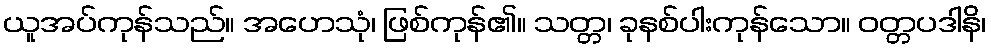
ယူအပ်ကုန်သည်။ အဟေသုံ၊ ဖြစ်ကုန်၏။ သတ္တ၊ ခုနစ်ပါးကုန်သော။ ဝတ္တပဒါနိ၊